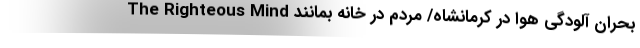
The Righteous Mind بحران آلودگی هوا در کرمانشاه/ مردم در خانه بمانند